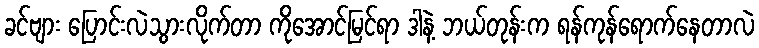
ခင်ဗျား ပြောင်းလဲသွားလိုက်တာ ကိုအောင်မြင်ရာ ဒါနဲ့ ဘယ်တုန်းက ရန်ကုန်ရောက်နေတာလဲ